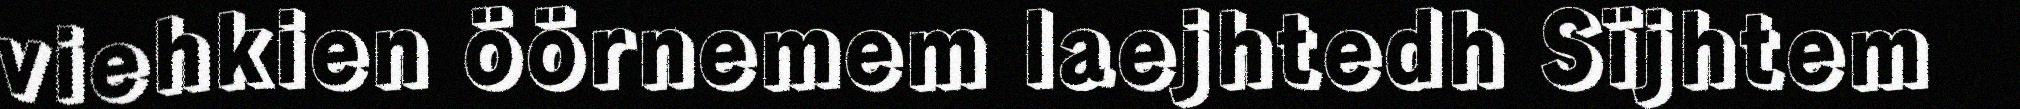
viehkien öörnemem laejhtedh Sïjhtem